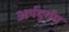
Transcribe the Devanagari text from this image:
अर्थदुर्गम